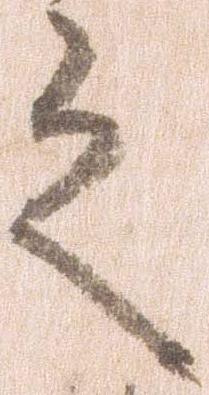
之